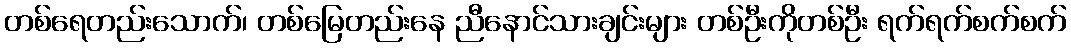
တစ်ရေတည်းသောက်၊ တစ်မြေတည်းနေ ညီနောင်သားချင်းများ တစ်ဦးကိုတစ်ဦး ရက်ရက်စက်စက်